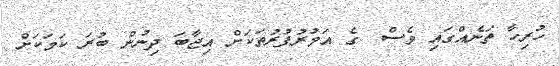
ހުރިހާ ތަނެއްގައި ވެސް  ގެ އަމުރުފުރުތަކަށް އިޖާބަ ދިނުން ބުރަ ކަމަކަށް